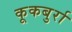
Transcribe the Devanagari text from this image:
कूकबुर्रा